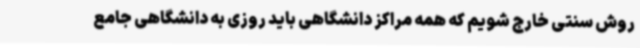
روش سنتی خارج شویم که همه مراکز دانشگاهی باید روزی به دانشگاهی جامع